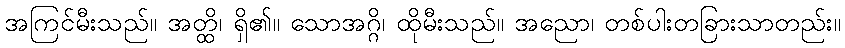
အကြင်မီးသည်။ အတ္ထိ၊ ရှိ၏။ သောအဂ္ဂိ၊ ထိုမီးသည်။ အညော၊ တစ်ပါးတခြားသာတည်း။